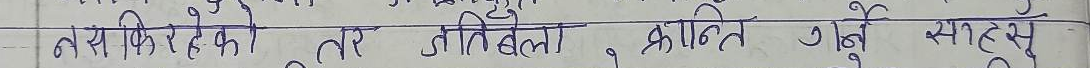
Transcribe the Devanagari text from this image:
नसकिरहेको तर तिबैलाई प्रयत्न गर्ने सासू